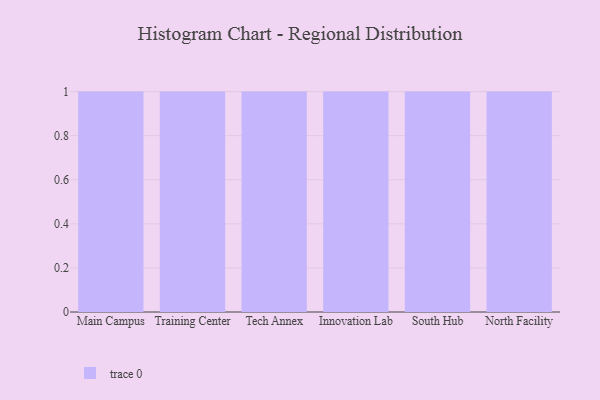
{"axis": {"x": "Campus", "y": "Operating Costs (USD K)"}, "legend": [""], "data": [{"x": "Main Campus", "y": 98, "type": ""}, {"x": "Training Center", "y": 57, "type": ""}, {"x": "Tech Annex", "y": 74, "type": ""}, {"x": "Innovation Lab", "y": 52, "type": ""}, {"x": "South Hub", "y": 24, "type": ""}, {"x": "North Facility", "y": 51, "type": ""}]}